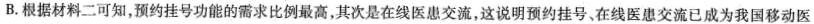
B.根据材料二可知，预约挂号功能的需求比例最高，其次是在线医患交流，这说明预约挂号，在线医患交流已成为我国移动医